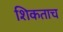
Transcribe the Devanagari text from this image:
शिकताच